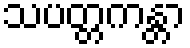
သပတ္တကန္တာ